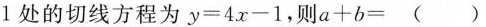
1$$处的切线方程为$$y = 4 x - 1$$，则$$a + b = （ ）$$